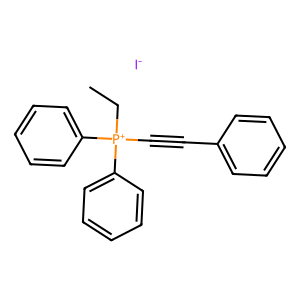
SMILES: CC[P+](C#Cc1ccccc1)(c1ccccc1)c1ccccc1.[I-]
Inhibits HIV replication: No